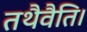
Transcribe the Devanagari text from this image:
तथैवैति।